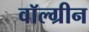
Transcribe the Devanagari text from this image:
वॉल्ग्रीन